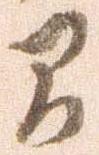
間